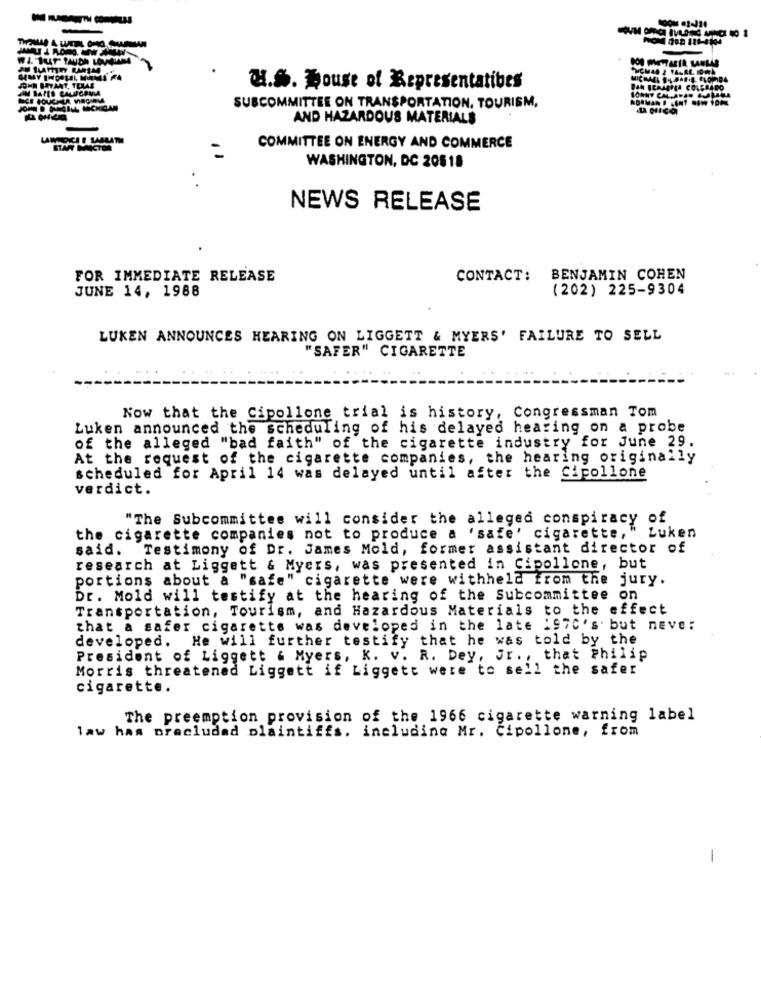
WI. TUT TAUDE LOV ATMA
AU TUME RARSM
GEMY INOUIL MIAMI RA
H.S. House of Representatives
SUBCOMMITTEE ON TRANSPORTATION, TOURISM,
AND HAZARDOUS MATERIALS
COMMITTEE ON ENERGY AND COMMERCE
WASHINGTON, DC 20818
NEWS RELEASE
FOR IMMEDIATE RELEASE
CONTACT:
BENJAMIN COHEN
JUNE 14, 1988
(202) 225-9304
LUKEN ANNOUNCES HEARING ON LIGGETT & MYERS' FAILURE TO SELL
"SAFER" CIGARETTE
Now that the Cipollone trial is history, Congressman Tom
Luken announced the scheduling of his delayed hearing on a probe
of the alleged "bad faith" of the cigarette industry for June 29.
At the request of the cigarette companies, the hearing originally
scheduled for April 14 was delayed until after the
Cipollone
verdict.
"The Subcommittee will consider the alleged conspiracy of
Luken
the cigarette companies not to produce a 'safe' cigarette,
said.
Testimony of Dr. James Mold, former assistant director of
research at Liggett & Myers, was presented in Cipollone, but
portions about a "safe" cigarette were withheld from the jury.
Dr. Mold will testify at the hearing of the Subcommittee on
Transportation, Tourism, and Hazardous Materials to the effect
that a safer cigarette was developed in the late 1970's. but never
developed. He will further testify that he was told by the
President of Liggett & Myers, K. v. R. Dey, Jr ., that Philip
Morris threatened Liggett if Liggett were to sell the safer
cigarette.
The preemption provision of the 1966 cigarette warning label
law has pracludad plaintiffs. including Mr. Cipollone, from
-